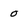
Character: o